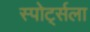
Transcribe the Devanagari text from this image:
स्पोर्ट्सला